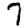
Digit: 7